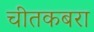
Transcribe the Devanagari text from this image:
चीतकबरा